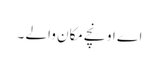
اے اونچے مکان والے ۔